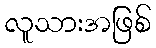
လူသားအဖြစ်